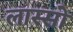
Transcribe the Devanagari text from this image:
लास्सो